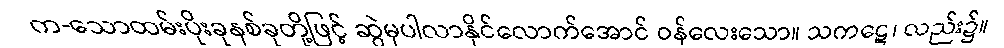
က-သောထမ်းပိုးခုနစ်ခုတို့ဖြင့် ဆွဲမှပါလာနိုင်လောက်အောင် ဝန်လေးသော။ သကဋေ၊ လည်း၌။